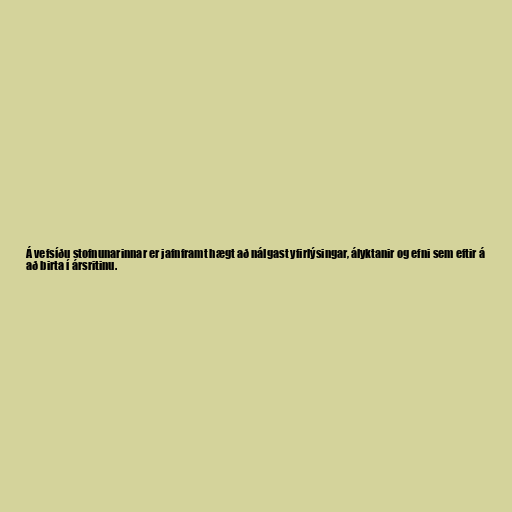
Á vefsíðu stofnunarinnar er jafnframt hægt að nálgast yfirlýsingar, ályktanir og efni sem eftir á
að birta í ársritinu.